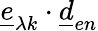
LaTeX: \underline{{e}}_{\lambda k}\cdot\underline{{d}}_{en}